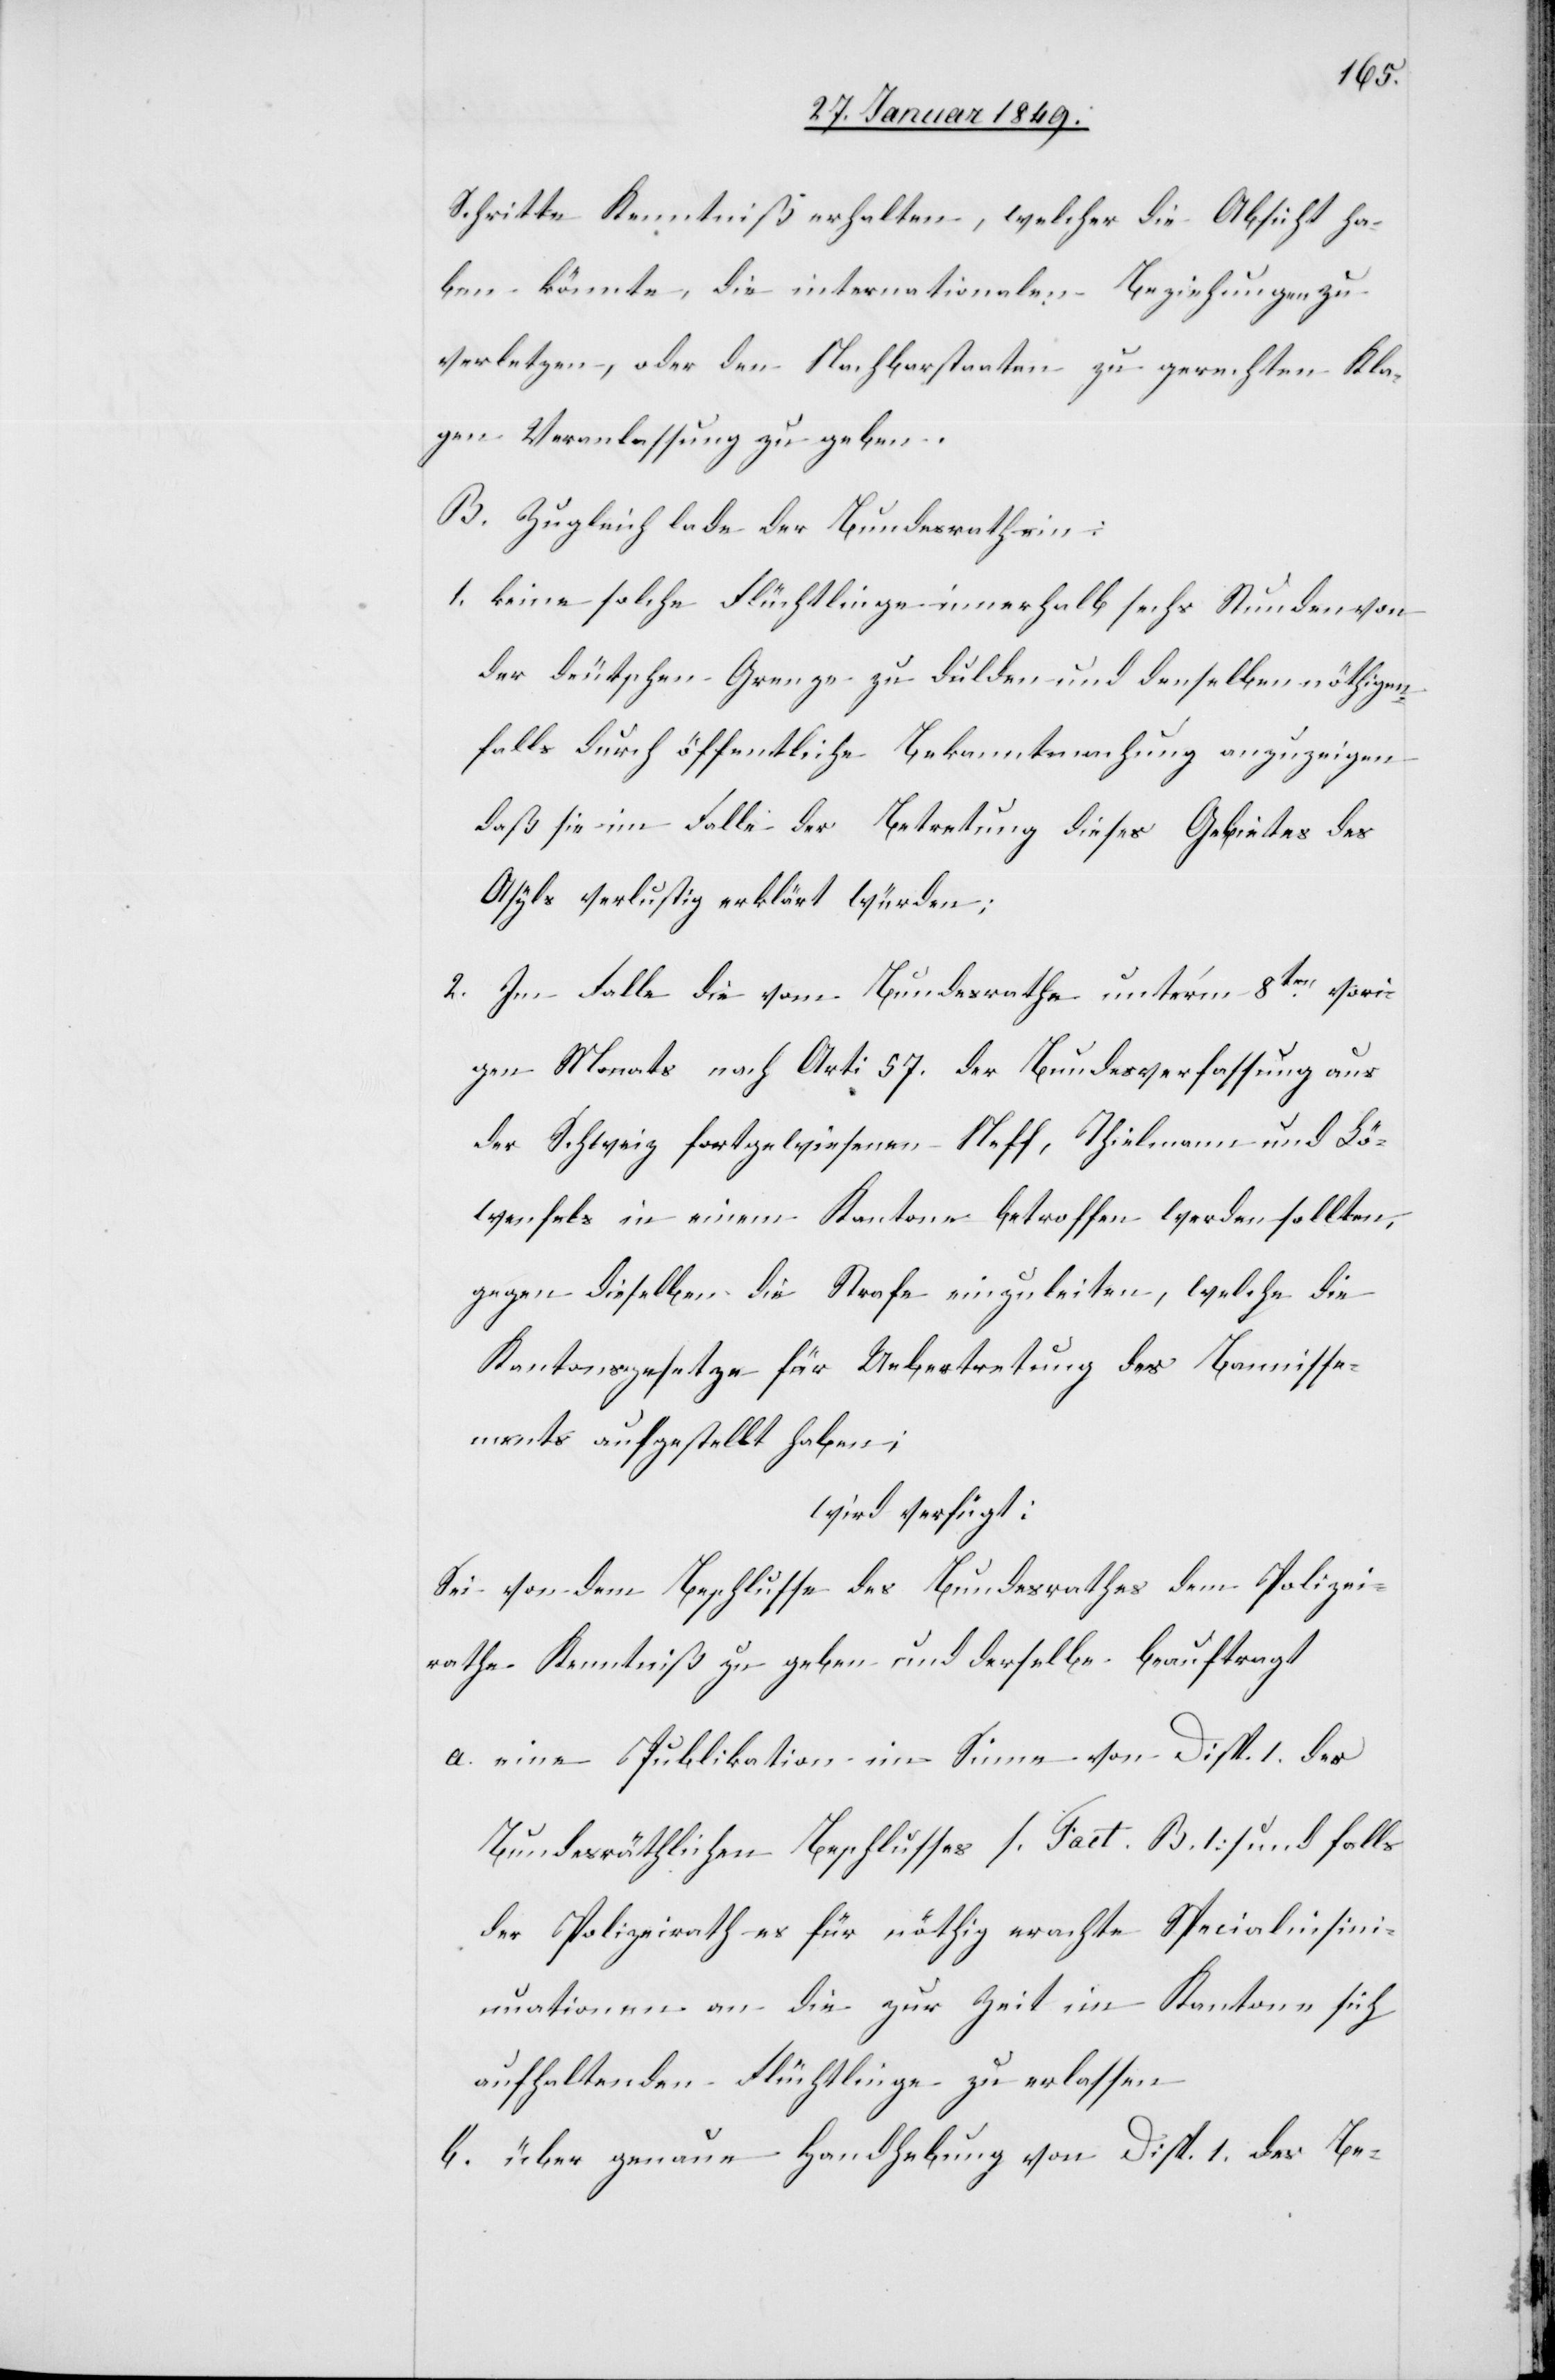
Schritte Kenntniß erhalten, welcher die Absicht ha¬
ben könnte, die internationalen Beziehungen zu
verletzen, oder den Nachbarstaaten zu gerechten Kla¬
gen Veranlassung zu geben.
B. Zugleich lade der Bundesrath ein:
1. keine solche Flüchtlinge innerhalb sechs Stunden von
der deutschen Grenze zu dulden und denselben nöthigen¬
falls durch öffentliche Bekanntmachung anzuzeigen
daß sie im Falle der Betretung dieses Gebietes des
Asyls verlustig erklärt würden;
2. Im Falle die vom Bundesrathe unter’m 8ten. vori¬
gen Monats nach Art: 57. der Bundesverfassung aus
der Schweiz fortgewiesenen Neff, Thielmann und Lö¬
wenfels in einem Kantone betroffen werden sollten,
gegen dieselben die Strafe einzuleiten, welche die
Kantonsgesetze für Uebertretung des Bannisse¬
ments aufgestellt haben;
wird verfügt:
Sei von dem Beschlusse des Bundesrathes dem Polizei¬
rathe Kenntniß zu geben und derselbe beauftragt
a. eine Publikation im Sinne von Disp. 1. des
Bundesräthlichen Beschlusses [Fact. B. 1] und falls
der Polizeirath es für nöthig erachte Specialinsini¬
uationen [sic!] an die zur Zeit im Kantone sich
aufhaltenden Flüchtlinge zu erlassen
b. über genaue Handhebung von Disp. 1. des Be-